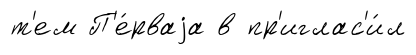
т'ем П'е́рваjа в пр'иглас'и́л